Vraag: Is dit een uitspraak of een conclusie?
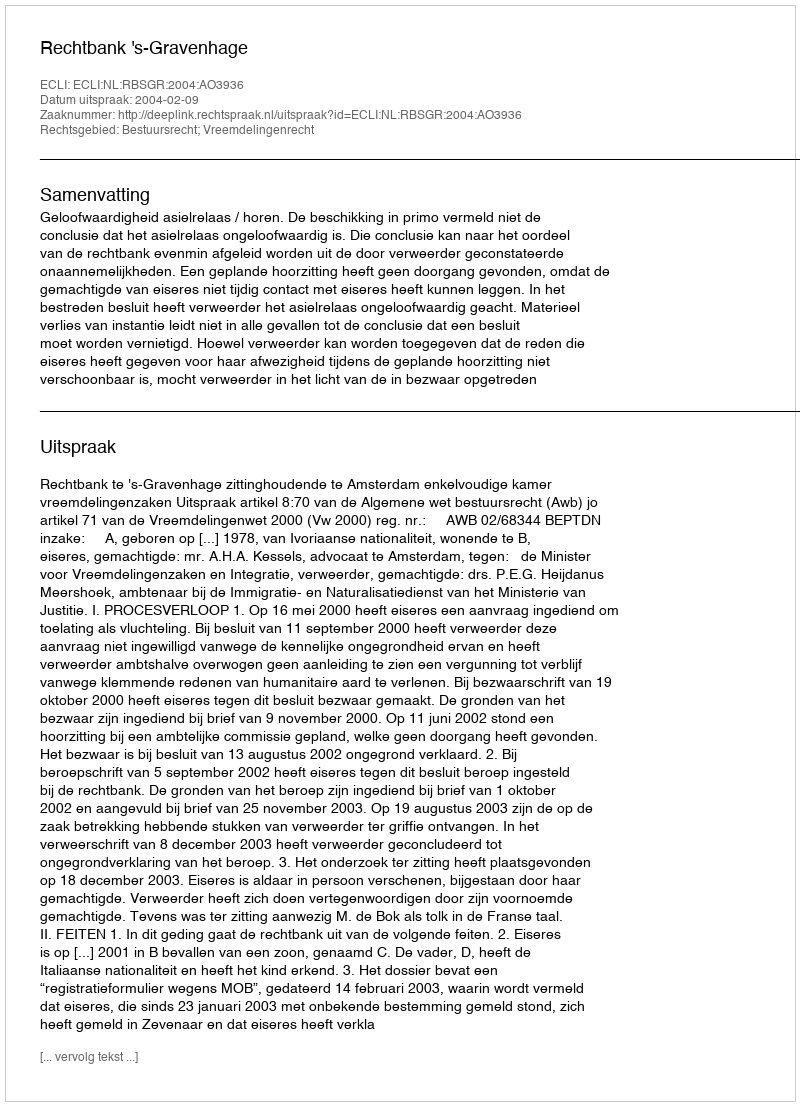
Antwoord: Uitspraak